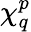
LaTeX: \chi_{q}^{p}